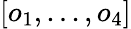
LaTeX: [o_{1},...,o_{4}]